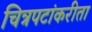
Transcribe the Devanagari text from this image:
चित्रपटांकरीता